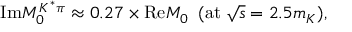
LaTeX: \mathrm { I m } M _ { 0 } ^ { K ^ { * } \pi } \approx 0 . 2 7 \times \mathrm { R e } M _ { 0 } \; \; ( \mathrm { a t } \; \sqrt { s } = 2 . 5 m _ { K } ) ,